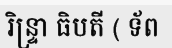
រិន្ទ្រា ធិបតី ( ទ័ព